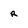
Character: R